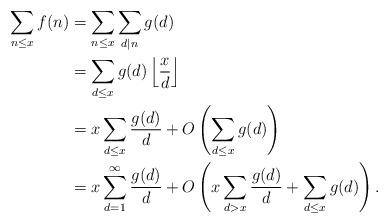
LaTeX: \begin{align*} \sum_{n \leq x} f(n) &= \sum_{n \leq x} \sum_{d \mid n} g(d) \\&= \sum_{d \leq x} g(d) \left \lfloor \frac{x}{d} \right\rfloor \\&= x \sum_{d \leq x} \frac{g(d)}{d} + O \left( \sum_{d \leq x} g(d) \right) \\&= x \sum_{d=1}^\infty \frac{g(d)}{d} + O \left(x \sum_{d>x} \frac{g(d)}{d} + \sum_{d \leq x} g(d) \right). \end{align*}